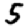
Digit: 5